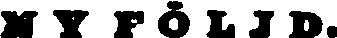
NYFÖLJD.